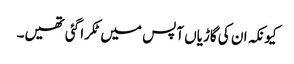
کیونکہ ان کی گاڑیاں آپس میں ٹکرا گئی تھیں۔